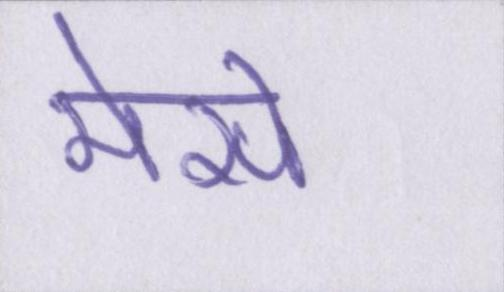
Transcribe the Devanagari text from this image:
मेसे